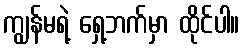
ကျွန်မရဲ့ ရှေ့ဘက်မှာ ထိုင်ပါ။